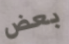
بعض